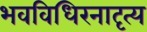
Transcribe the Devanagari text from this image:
भवविधिरनादृत्य